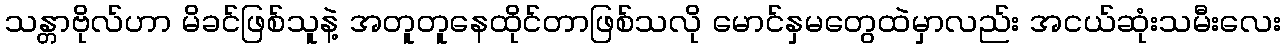
သန္တာဗိုလ်ဟာ မိခင်ဖြစ်သူနဲ့ အတူတူနေထိုင်တာဖြစ်သလို မောင်နှမတွေထဲမှာလည်း အငယ်ဆုံးသမီးလေး